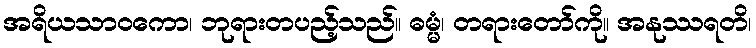
အရိယသာဝကော၊ ဘုရားတပည့်သည်။ ဓမ္မံ၊ တရားတော်ကို။ အနုဿရတိ၊